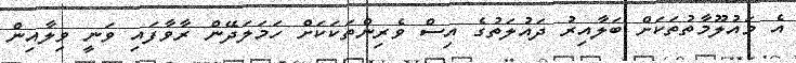
އެ މައުލޫމާތުތަކަށް ބަލާއިރު ދައުލަތުގެ އިސް ވެރިންތަކަކަށް ހަމަލަދޭން ރާވާފައި ވަނީ ވިލާއިން